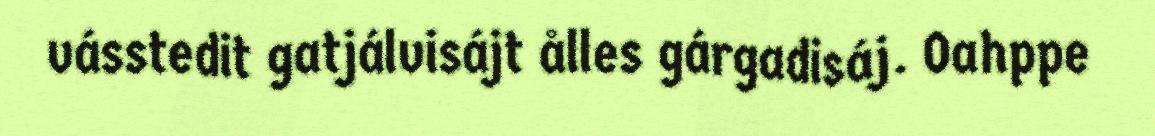
vásstedit gatjálvisájt ålles gárgadisáj. Oahppe